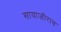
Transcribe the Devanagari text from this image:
सायाजीराव